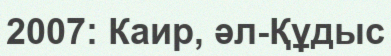
2007: Каир, әл-Құдыс